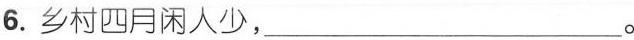
6.乡村四月闲人少，___。